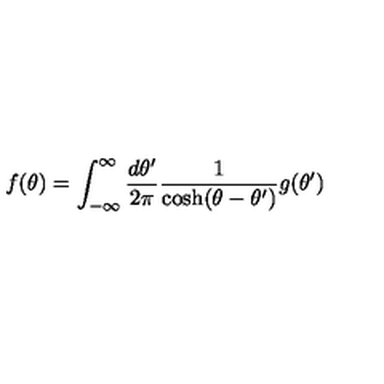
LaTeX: f ( \theta ) = \int _ { - \infty } ^ { \infty } { \frac { d \theta ^ { \prime } } { 2 \pi } } { \frac { 1 } { \cosh ( \theta - \theta ^ { \prime } ) } } g ( \theta ^ { \prime } )